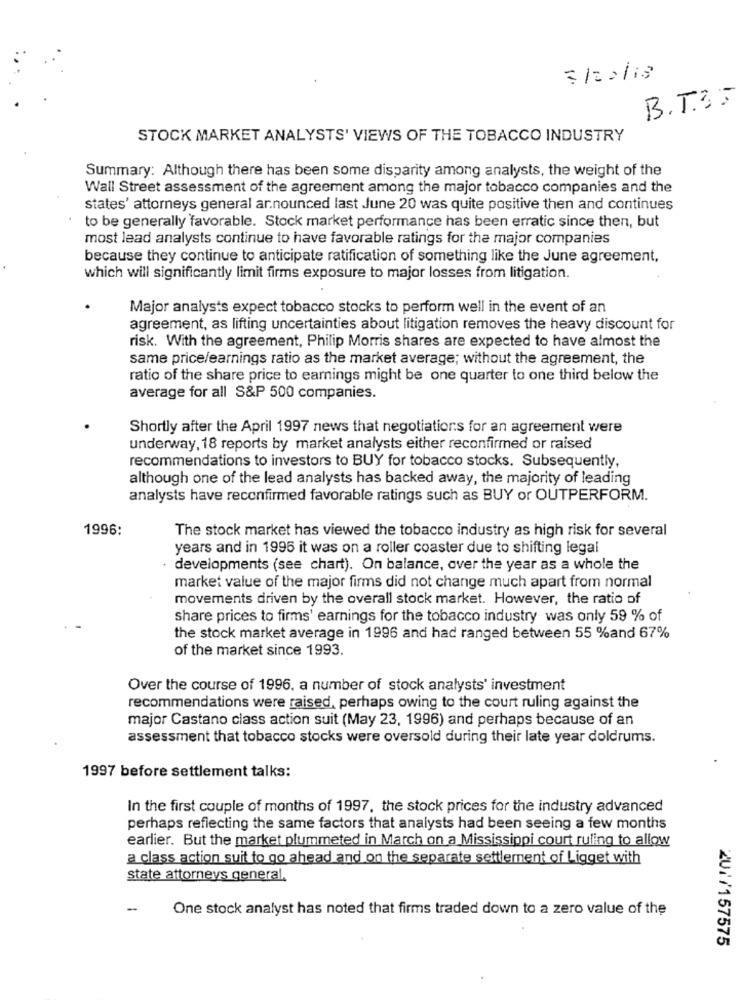
3/22/18
B. T.35
STOCK MARKET ANALYSTS' VIEWS OF THE TOBACCO INDUSTRY
Summary: Although there has been some disparity among analysts, the weight of the
Wall Street assessment of the agreement among the major tobacco companies and the
states' attorneys general announced last June 20 was quite positive then and continues
to be generally favorable. Stock market performance has been erratic since then, but
most lead analysts continue to have favorable ratings for the major companies
because they continue to anticipate ratification of something like the June agreement,
which will significantly limit firms exposure to major losses from litigation.
Major analysts expect tobacco stocks to perform well in the event of an
agreement, as lifting uncertainties about litigation removes the heavy discount for
risk. With the agreement, Philip Morris shares are expected to have almost the
same price/earnings ratio as the market average; without the agreement, the
ratio of the share price to earnings might be one quarter to one third below the
average for all S&P 500 companies.
Shortly after the April 1997 news that negotiations for an agreement were
underway, 18 reports by market analysts either reconfirmed or raised
recommendations to investors to BUY for tobacco stocks. Subsequently,
although one of the lead analysts has backed away, the majority of leading
analysts have reconfirmed favorable ratings such as BUY or OUTPERFORM.
1996:
The stock market has viewed the tobacco industry as high risk for several
years and in 1996 it was on a roller coaster due to shifting legal
. developments (see chart). On balance, over the year as a whole the
market value of the major firms did not change much apart from normal
movements driven by the overall stock market. However, the ratio of
share prices to firms' earnings for the tobacco industry was only 59 % of
the stock market average in 1996 and had ranged between 55 %and 67%
of the market since 1993.
Over the course of 1996, a number of stock analysts' investment
recommendations were raised, perhaps owing to the court ruling against the
major Castano class action suit (May 23, 1996) and perhaps because of an
assessment that tobacco stocks were oversold during their late year doldrums.
1997 before settlement talks:
In the first couple of months of 1997, the stock prices for the industry advanced
perhaps reflecting the same factors that analysts had been seeing a few months
earlier. But the market plummeted in March on a Mississippi court ruling to allow
a class action suit to go ahead and on the separate settlement of Ligget with
state attorneys general,
One stock analyst has noted that firms traded down to a zero value of the
201/157575